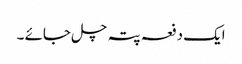
ایک دفعہ پتہ چل جائے ۔